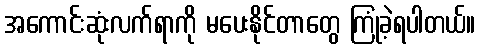
အကောင်းဆုံးလက်ရာကို မပေးနိုင်တာတွေ ကြုံခဲ့ရပါတယ်။